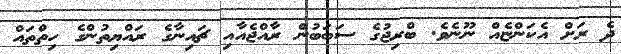
ދެ ރަށް އެކަންޏެއް ނޫނެވެ. ބްރިޖުގެ ސަބަބުން ރާއްޖެއާއި ޗައިނާގެ ރައްޔިތުންގެ ހިތްތައް